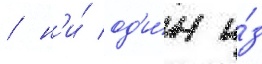
/ н'и́ од'и́н и́з